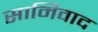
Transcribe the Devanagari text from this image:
सामिवाद